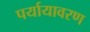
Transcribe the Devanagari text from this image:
पर्यायावरण